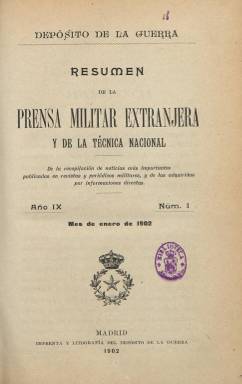
Título: Resumen de la prensa militar extranjera y de la técnica nacional
Colección: Fuerzas armadas
Ámbito geográfico: Madrid
Lugar de publicación: Madrid
Fechas: 01/01/1902-31/12/1908

Publicación mensual del Depósito de la Guerra del Ministerio de la Guerra de España en la que se recopilan noticias y artículos publicados en revistas y periódicos militares extranjeros así como en la prensa técnica española, a las que se añaden otros textos procedentes de informaciones directas. Es continuación de la que se publicó entre octubre de 1894 y diciembre de 1901 bajo el título Extracto del resumen formado por este centro de las noticias y artículos…, que también forma parte de la colección de la Biblioteca Nacional de España (BNE).

Esta nueva publicación va ya secuenciada, comenzando por el año IX y número uno, que corresponde al mes de enero de 1902. A partir de 1903 la secuencia numérica de las entregas se reinicia cada semestre, así como su foliación correlativa. Estas entregan varían su número de páginas, entre las 72 y cerca de los dos centenares, compuestas a una columna. Los contenidos van agrupados por países, y cada semestre también elabora un índice alfabético de los asuntos tratados.

Los textos son más amplios que los que se venían insertando en el citado Extracto…. El propósito de la publicación será contribuir a generalizar el conocimiento de las principales reformas realizadas en los diversos ejércitos del mundo, con particularidad en los de aquellas naciones que especialmente importan por su vecindad o prestigio.

Sus contenidos se referirán a cuestiones de orden técnico y orgánico, de organización de los ejércitos en general, opiniones autorizadas sobre el ejército español, perfeccionamiento de las armas y elementos de combate, maniobras, táctica, colonias, artillería, automóviles, fuerzas navales, instrucción, etc.

A ello añade, al final, los sumarios de en torno a una veintena de revistas militares españolas recibidas durante cada mes, con indicación de los principales artículos publicados en ellas. También insertará cuadros con resúmenes de los principales ejércitos de Europa o de los presupuestos de guerra de las principales potencias europeas, entre otros.

Entre las publicaciones extranjeras de las que extrae información aparecen L’Italia militare e marina, Berliner Nachrichten, The Army and Navy gazette, El Eco mauritano, Revue militaire suisse o Rivista militare italiana, entre otras muchas.

Este Resumen... estará publicándose hasta diciembre de 1908. A partir de enero de 1909 será continuado por un nuevo título: Información militar del extranjero, también con periodicidad mensual, y que asimismo forma parte de la colección de la BNE.